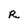
Character: R